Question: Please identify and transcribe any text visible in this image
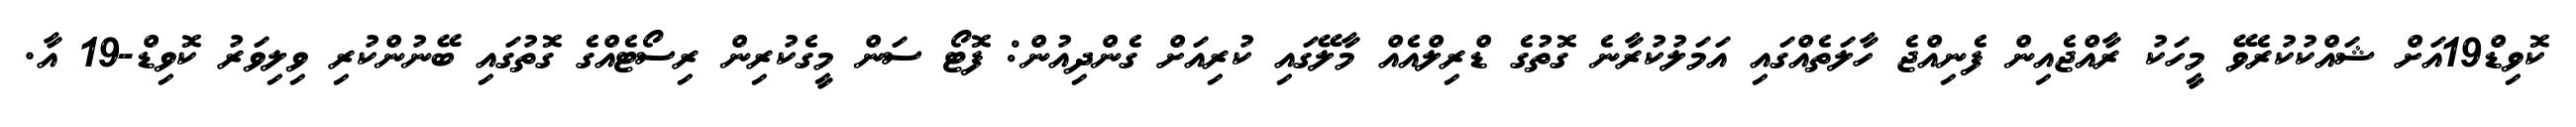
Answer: ކޮވިޑް19އަށް ޝައްކުކުރެވޭ މީހަކު ރާއްޖެއިން ފެނިއްޖެ ހާލަތެއްގައި އަމަލުކުރާނެ ގޮތުގެ ޑްރިލްއެއް މާލޭގައި ކުރިއަށް ގެންދިއުން: ފޮޓޯ ސަން މީގެކުރިން ރިސޯޓެއްގެ ގޮތުގައި ބޭނުންކުރި ވިލިވަރު ކޮވިޑް-19 އާ.